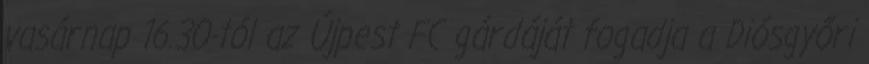
vasárnap 16.30-tól az Újpest FC gárdáját fogadja a Diósgyőri